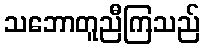
သဘောတူညီကြသည်